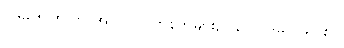
ပုဒ်မ ၅၀၅ က အပြင် လက်နက်များဥပဒေ ပုဒ်မ ၁၉ (စ)၊